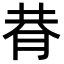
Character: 𦚴